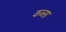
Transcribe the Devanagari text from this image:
कब्सा